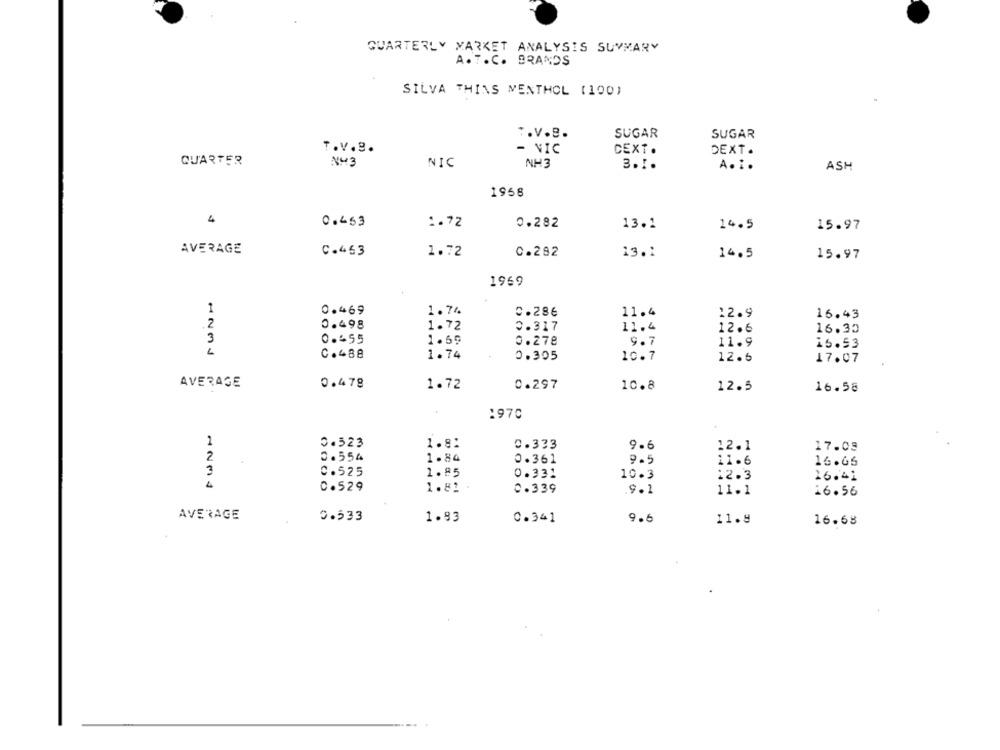
QUARTERLY MARKET ANALYSIS SUMMARY
A.T.C. BRANDS
SILVA THINS MENTHOL (100)
T.V.B.
SUGAR
SUGAR
T.V.B.
- NIC
CEXT.
DEXT.
QUARTER
NH3
NIC
NH3
A. i.
3.1.
ASH
1958
4
0.453
1.72
0.282
13.1
14.5
15.97
AVERAGE
C.463
1.72
C.282
13.1
14.5
15.97
1969
1
0.469
1.74
c.286
11.4
12.9
16.43
2
0.498
1.72
0.317
11.4
12.6
16.30
3
0.55
1.59
0.278
9.7
11.9
15.53
L
C.488
1.74
0.305
10.7
12.6
17.07
AVERAGE
0.478
1.72
0.297
10.8
12.5
16.58
:970
1
0.523
1.8:
0.333
9.6
12.1
17.09
2
0.554
1.84
0.361
9.5
11.6
16.05
3
C.525
1.85
0.331
10.3
12.3
16.41
0.529
1.81
0.339
9.1
11.1
16.56
AVERAGE
0.533
1.83
0.341
9.6
11.8
16.68